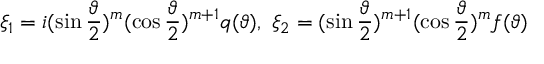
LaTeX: \quad \xi _ { 1 } = i ( \sin \frac \vartheta 2 ) ^ { m } ( \cos \frac \vartheta 2 ) ^ { m + 1 } q ( \vartheta ) , \ \xi _ { 2 } = ( \sin \frac \vartheta 2 ) ^ { m + 1 } ( \cos \frac \vartheta 2 ) ^ { m } f ( \vartheta )